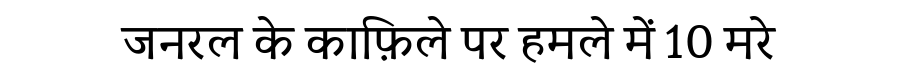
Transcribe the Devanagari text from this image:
जनरल के काफ़िले पर हमले में 10 मरे